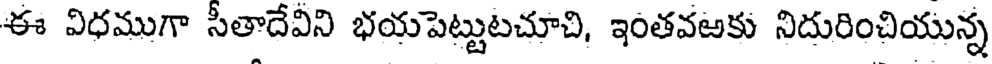
ఈ విధముగా సీతాదేవిని భయపెట్టుటచూచి, ఇంతవఱకు నిదురించియున్న